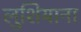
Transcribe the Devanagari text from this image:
लुशियाना